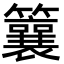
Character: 䉴